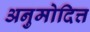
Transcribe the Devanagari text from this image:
अनुमोदित्त